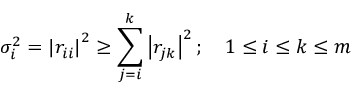
\sigma _ { i } ^ { 2 } = \left| r _ { i i } \right| ^ { 2 } \geq \sum _ { j = i } ^ { k } \left| r _ { j k } \right| ^ { 2 } ; \quad 1 \leq i \leq k \leq m